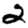
Digit: 2